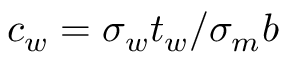
c _ { w } = \sigma _ { w } t _ { w } / \sigma _ { m } b